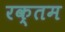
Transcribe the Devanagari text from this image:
रक्तम